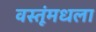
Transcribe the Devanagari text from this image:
वस्तूंमधला